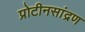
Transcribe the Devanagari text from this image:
प्रोटीनसांद्रण